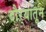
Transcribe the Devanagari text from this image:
दौऱ्यातून